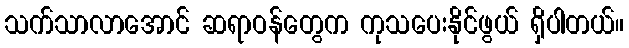
သက်သာလာအောင် ဆရာဝန်တွေက ကုသပေးနိုင်ဖွယ် ရှိပါတယ်။